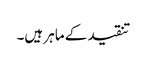
تنقید کے ماہر ہیں۔